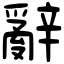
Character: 辭